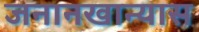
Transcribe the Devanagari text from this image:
जनानखान्यास